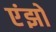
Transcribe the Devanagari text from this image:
एंझो